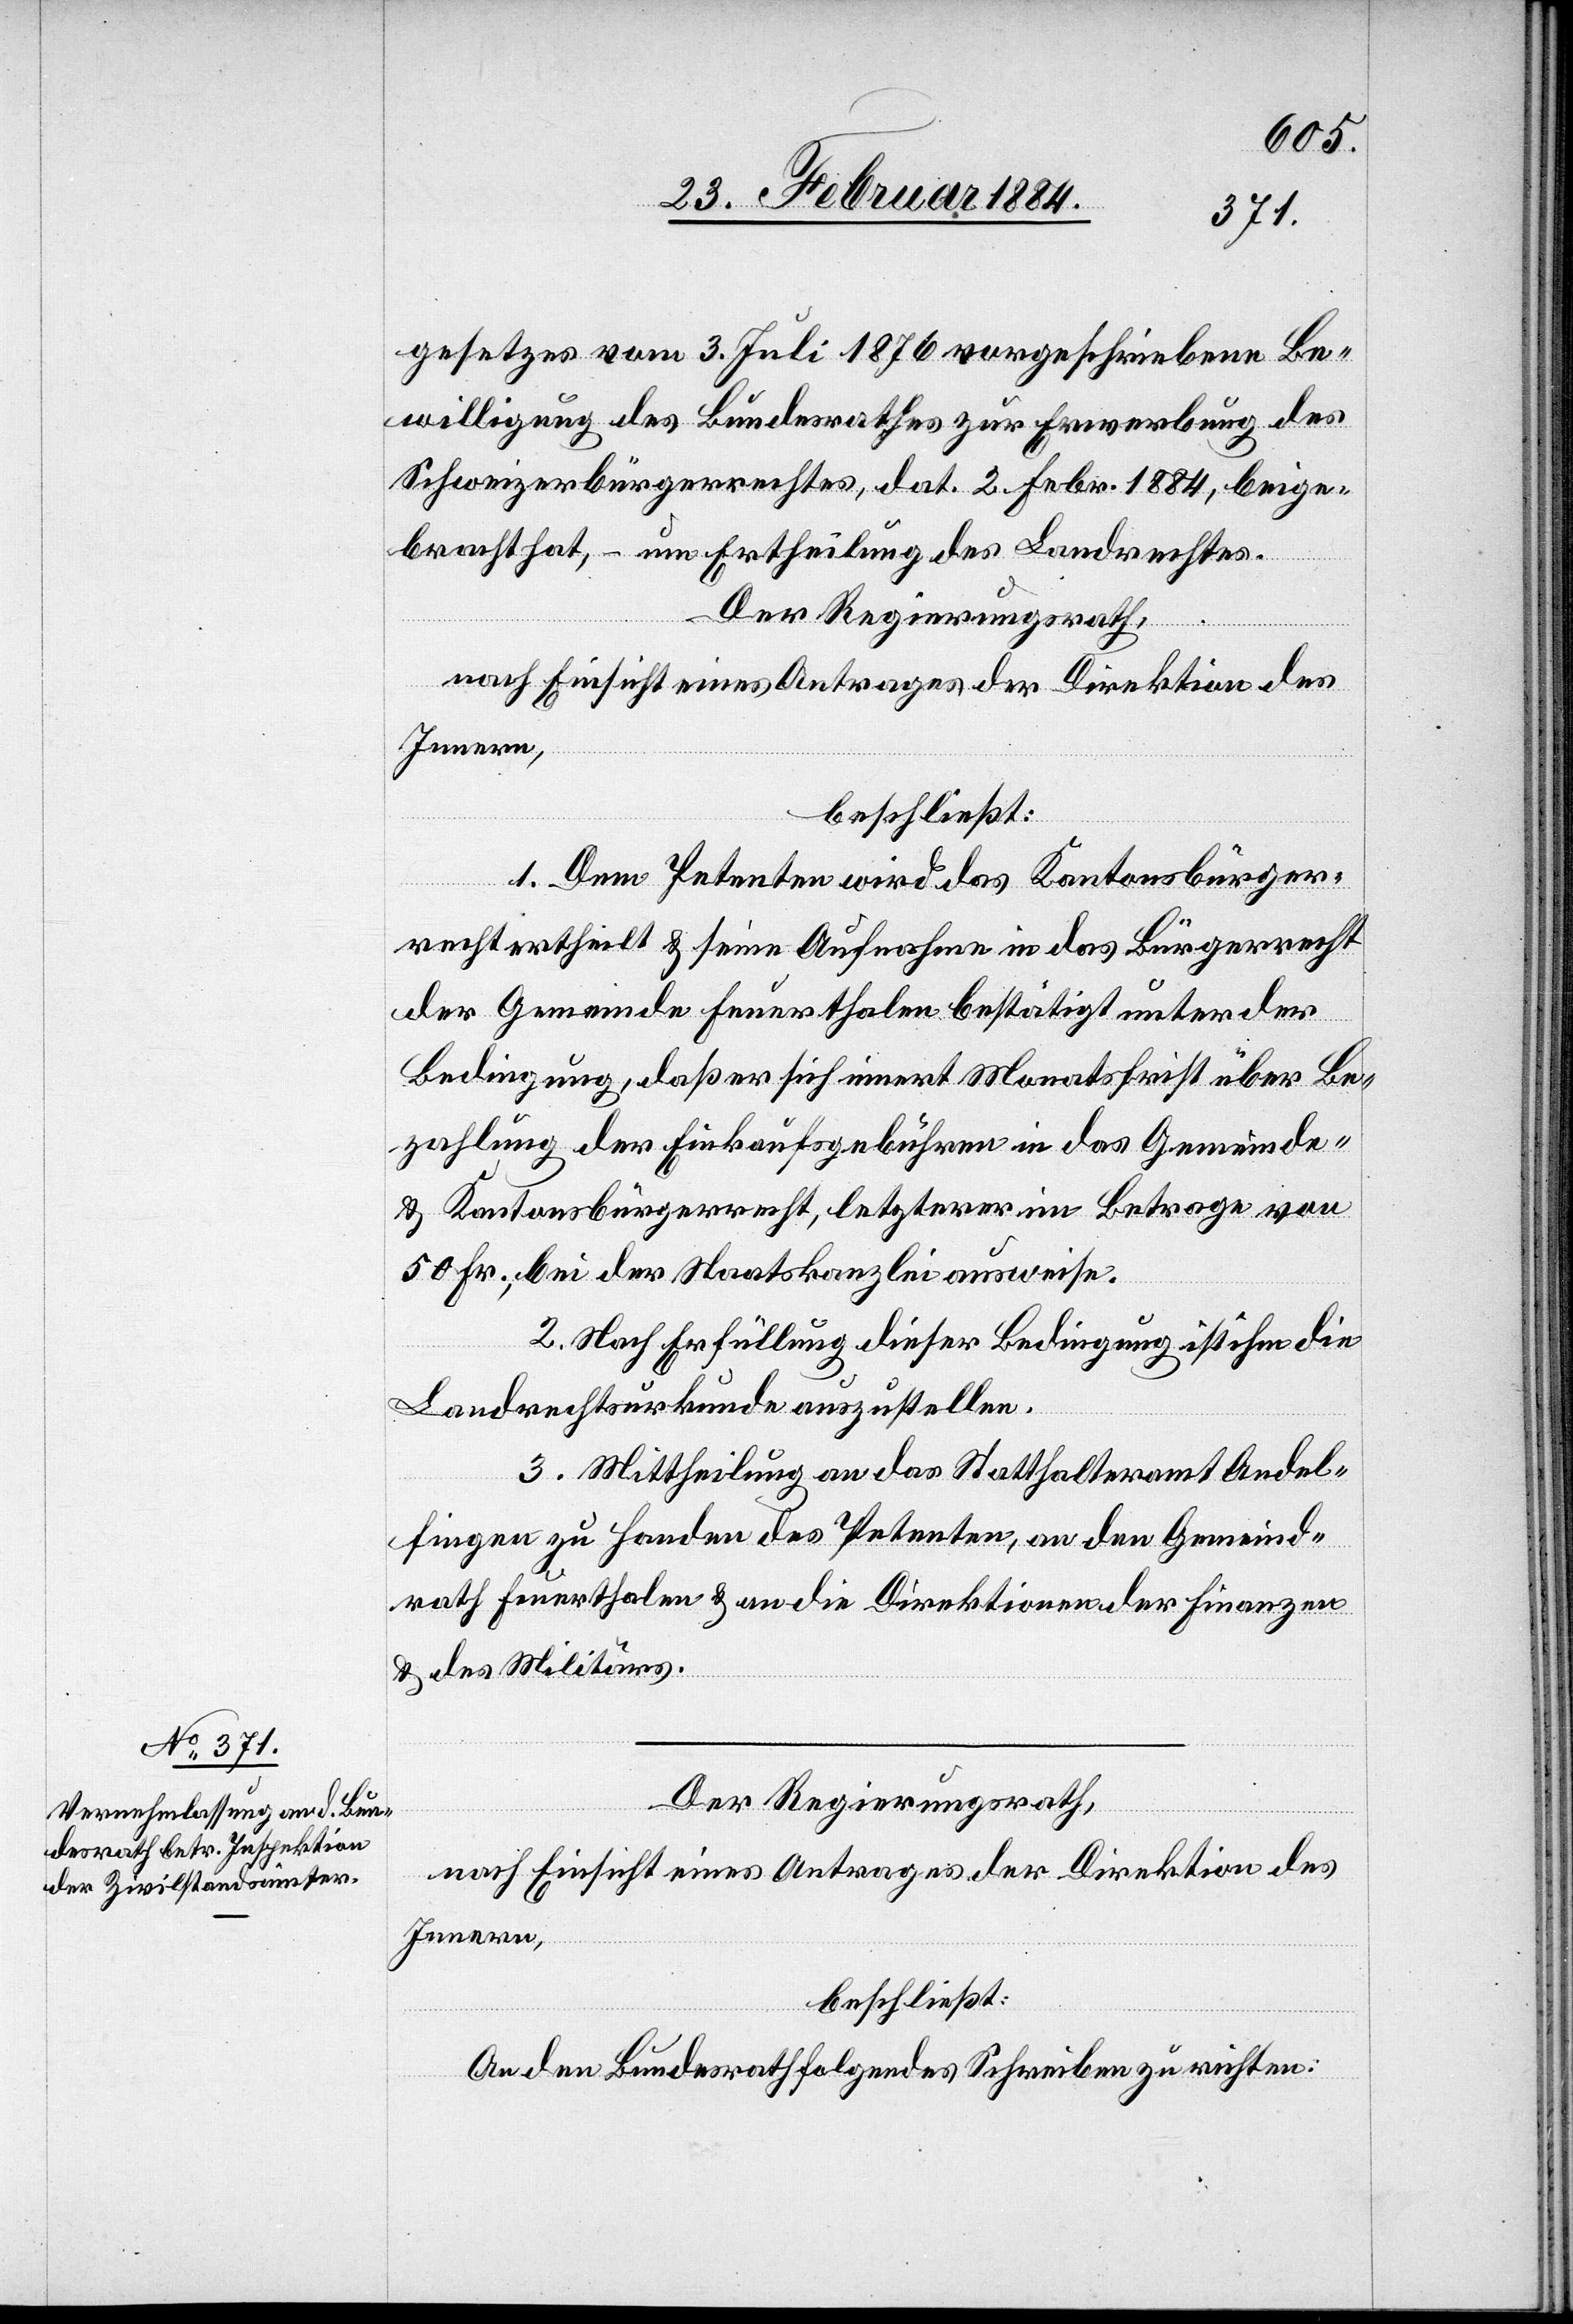
gesetzes vom 3. Juli 1876 vorgeschriebene Be¬
willigung des Bundesrathes zur Erwerbung des
Schweizerbürgerrechts, dat. 2. Febr. 1884, beige¬
bracht hat, – um Ertheilung des Landrechtes.
Der Regierungsrath,
nach Einsicht eines Antrages der Direktion des
Innern,
beschließt:
1. Dem Petenten wird das Kantonsbürger¬
recht ertheilt & seine Aufnahme in das Bürgerrecht
der Gemeinde Feuerthalen bestätigt unter der
Bedingung, daß er sich innert Monatsfrist über Be¬
zahlung der Einkaufsgebühren in das Gemeinde-
& Kantonsbürgerrecht, letzterer im Betrage von
50 Fr., bei der Staatskanzlei ausweise.
2. Nach Erfüllung dieser Bedingung ist ihm die
Landrechtsurkunde auszustellen.
3. Mittheilung an das Statthalteramt Andel¬
fingen zu Handen des Petenten, an den Gemeind¬
rath Feuerthalen & an die Direktion der Finanzen
& des Militärs.
Der Regierungsrath,
nach Einsicht eines Antrages der Direktion des
Innern,
beschließt:
An den Bundesrath folgendes Schreiben zu richten: